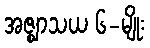
အဇ္ဈာသယ ၆-မျိုး